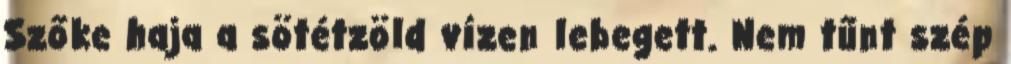
Szőke haja a sötétzöld vízen lebegett. Nem tűnt szép